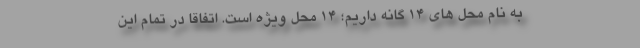
به نام محل های 14 گانه داریم؛ 14 محل ویژه است. اتفاقاً در تمام این